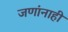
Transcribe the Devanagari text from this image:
जणांनाही